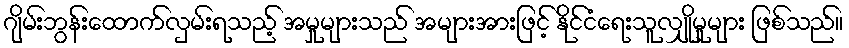
ဂျိမ်းဘွန်းထောက်လှမ်းရသည့် အမှုများသည် အများအားဖြင့် နိုင်ငံရေးသူလျှိုမှုများ ဖြစ်သည်။